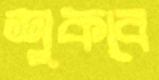
শুকবে